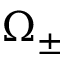
\Omega _ { \pm }